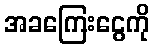
အခကြေးငွေကို